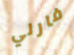
فارلي